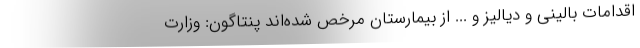
اقدامات بالینی و دیالیز و ... از بیمارستان مرخص شده‌اند پنتاگون: وزارت